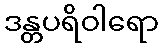
ဒန္တပရိဝါရော